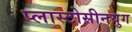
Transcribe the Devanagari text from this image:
प्लास्टोसीनयुग